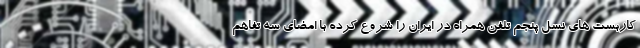
کاربست های نسل پنجم تلفن همراه در ایران را شروع کرده با امضای سه تفاهم